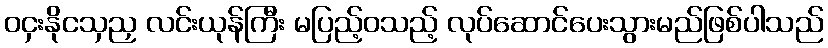
ဝငှးနိုငသှညှ လင်းယုန်ကြီး မပြည့်ဝသည့် လုပ်ဆောင်ပေးသွားမည်ဖြစ်ပါသည်